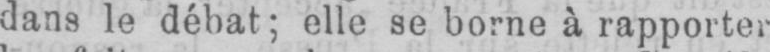
dans le débat; elle se borne à rapporter